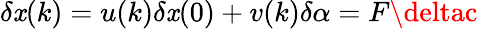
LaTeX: \delta\mathit{x}(k)=u(k)\delta\mathit{x}(0)+v(k)\delta\alpha=F\deltac